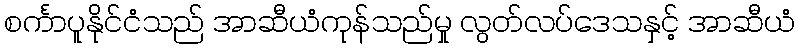
စင်္ကာပူနိုင်ငံသည် အာဆီယံကုန်သည်မှု လွတ်လပ်ဒေသနှင့် အာဆီယံ